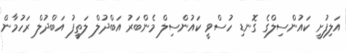
އަލިފުށީ ކައުންސިލްގެ ގޮނޑި ހުސްވީ ކައުންސިލް މެންބަރު އަބްދުލް ލަތީފު އަބްދުލް ރަހުމާން